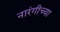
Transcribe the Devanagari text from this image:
नारंगीच्या